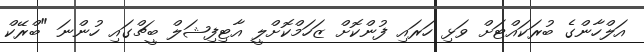
އަލްހާންގެ ބުރަކައްޓަށް ވަޅި ހަރައި ފުންކޮށް ޒަހަމްކޮށްލީ އާޓިފިޝަލް ބީޗްގައި ހުންނަ "ބްރޭކް